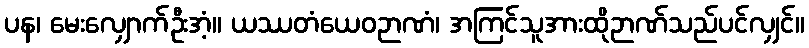
ပန၊ မေးလျှောက်ဦးအံ့။ ယဿတံယေဝဉာဏံ၊ အကြင်သူအားထိုဉာဏ်သည်ပင်လျှင်။